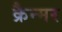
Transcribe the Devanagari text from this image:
क्रैन्मर